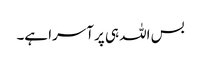
بس اللہ ہی پر آسرا ہے۔